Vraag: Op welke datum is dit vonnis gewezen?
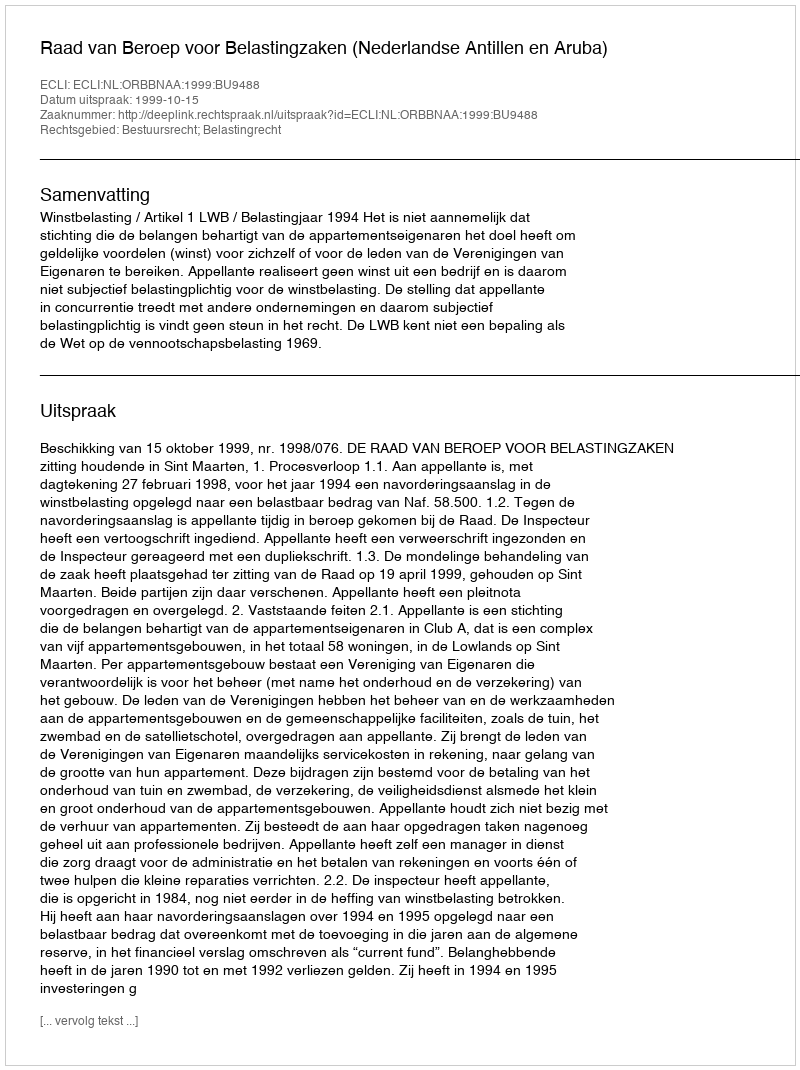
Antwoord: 1999-10-15